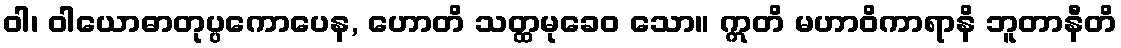
ဝါ၊ ဝါယောဓာတုပ္ပကောပေန, ဟောတိ သတ္ထမုခေဝ သော။ ဣတိ မဟာဝိကာရာနိ ဘူတာနီတိ